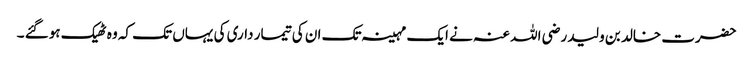
حضرت خالد بن ولید رضی اللہ عنہ نے ایک مہینہ تک ان کی تیمار داری کی یہاں تک کہ وہ ٹھیک ہوگئے ۔